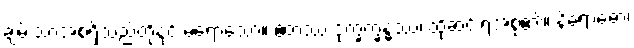
ချမ်းသာအစရှိသည်တို့နှင့် မရောသော။ ဧတဿ ဒုက္ခက္ခန္ဓဿ၊ ထိုဆင်းရဲအစု၏။ နိရောဓော၊